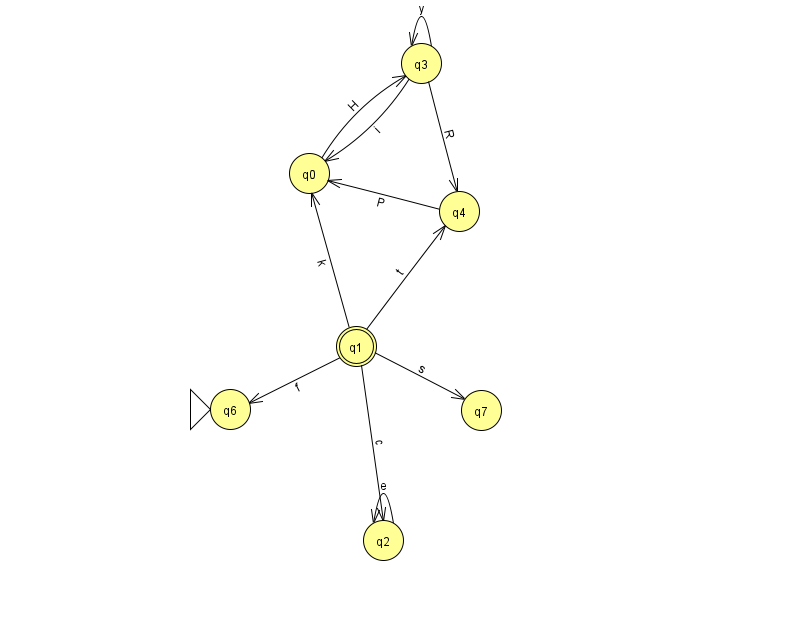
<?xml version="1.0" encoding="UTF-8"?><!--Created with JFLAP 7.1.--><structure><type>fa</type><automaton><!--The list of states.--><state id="0" name="q0"><x>309.0</x><y>160.0</y></state><state id="1" name="q1"><x>356.0</x><y>333.0</y><final/></state><state id="2" name="q2"><x>383.0</x><y>527.0</y></state><state id="3" name="q3"><x>421.0</x><y>50.0</y></state><state id="4" name="q4"><x>459.0</x><y>198.0</y></state><state id="6" name="q6"><x>230.0</x><y>396.0</y><initial/></state><state id="7" name="q7"><x>481.0</x><y>397.0</y></state><!--The list of transitions.--><transition><from>1</from><to>6</to><read>f</read></transition><transition><from>3</from><to>0</to><read>i</read></transition><transition><from>0</from><to>3</to><read>H</read></transition><transition><from>1</from><to>2</to><read>c</read></transition><transition><from>2</from><to>2</to><read>e</read></transition><transition><from>3</from><to>4</to><read>R</read></transition><transition><from>1</from><to>7</to><read>s</read></transition><transition><from>3</from><to>3</to><read>y</read></transition><transition><from>1</from><to>4</to><read>t</read></transition><transition><from>4</from><to>0</to><read>P</read></transition><transition><from>1</from><to>0</to><read>k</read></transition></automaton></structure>